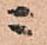
ニ